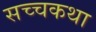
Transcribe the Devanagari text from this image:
सच्चकथा